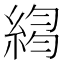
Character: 𦁮